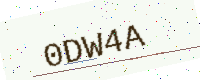
Text: 0DW4A